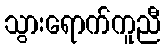
သွားရောက်ကူညီ